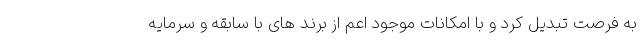
به فرصت تبدیل کرد و با امکانات موجود اعم از برند های با سابقه و سرمایه